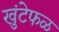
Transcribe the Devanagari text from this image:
खुंटेफळ